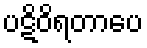
ပဋိဝိရတာပေ